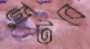
জুটবে